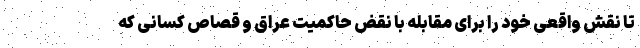
تا نقش واقعی خود را برای مقابله با نقض حاکمیت عراق و قصاص کسانی که